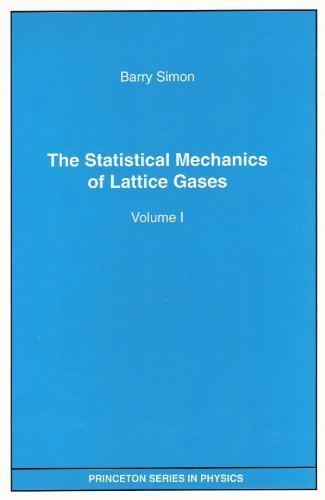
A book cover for The Statistical Mechanics of Lattice Gases, Vol. I; Barry Simon; Science & Math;